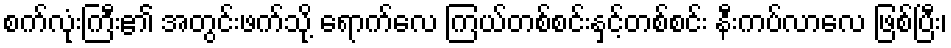
စက်လုံးကြီး၏ အတွင်းဖက်သို့ ရောက်လေ ကြယ်တစ်စင်းနှင့်တစ်စင်း နီးကပ်လာလေ ဖြစ်ပြီး၊